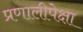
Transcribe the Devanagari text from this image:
प्रणालीपेक्षा